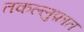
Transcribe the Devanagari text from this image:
तकल्लुफ़ात